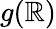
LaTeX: g(\mathbb{R})